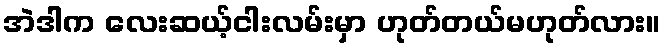
အဲဒါက လေးဆယ့်ငါးလမ်းမှာ ဟုတ်တယ်မဟုတ်လား။